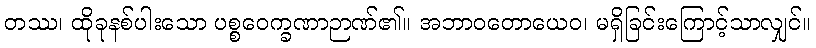
တဿ၊ ထိုခုနစ်ပါးသော ပစ္စဝေက္ခဏာဉာဏ်၏။ အဘာဝတောယေဝ၊ မရှိခြင်းကြောင့်သာလျှင်။